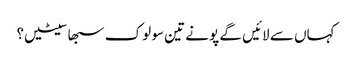
کہاں سے لائیں گے پونے تین سو لوک سبھا سیٹیں؟